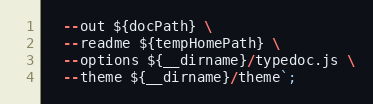
Language: JavaScript
  --out ${docPath} \
  --readme ${tempHomePath} \
  --options ${__dirname}/typedoc.js \
  --theme ${__dirname}/theme`;